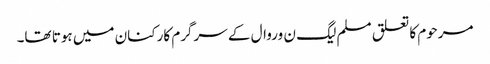
مرحوم کا تعلق مسلم لیگ ن وروال کے سرگرم کارکنان میں ہوتا تھا۔